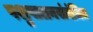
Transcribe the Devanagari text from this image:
पशुपालनसंबंधित